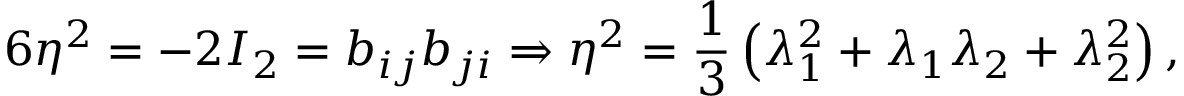
6 \eta ^ { 2 } = - 2 I _ { 2 } = b _ { i j } b _ { j i } \Rightarrow \eta ^ { 2 } = \frac { 1 } { 3 } \left( \lambda _ { 1 } ^ { 2 } + \lambda _ { 1 } \lambda _ { 2 } + \lambda _ { 2 } ^ { 2 } \right) ,